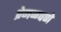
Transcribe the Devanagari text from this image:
प्रेमळपणे